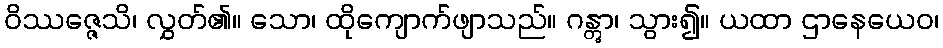
ဝိဿဇ္ဇေသိ၊ လွှတ်၏။ သော၊ ထိုကျောက်ဖျာသည်။ ဂန္တွာ၊ သွား၍။ ယထာ ဌာနေယေဝ၊